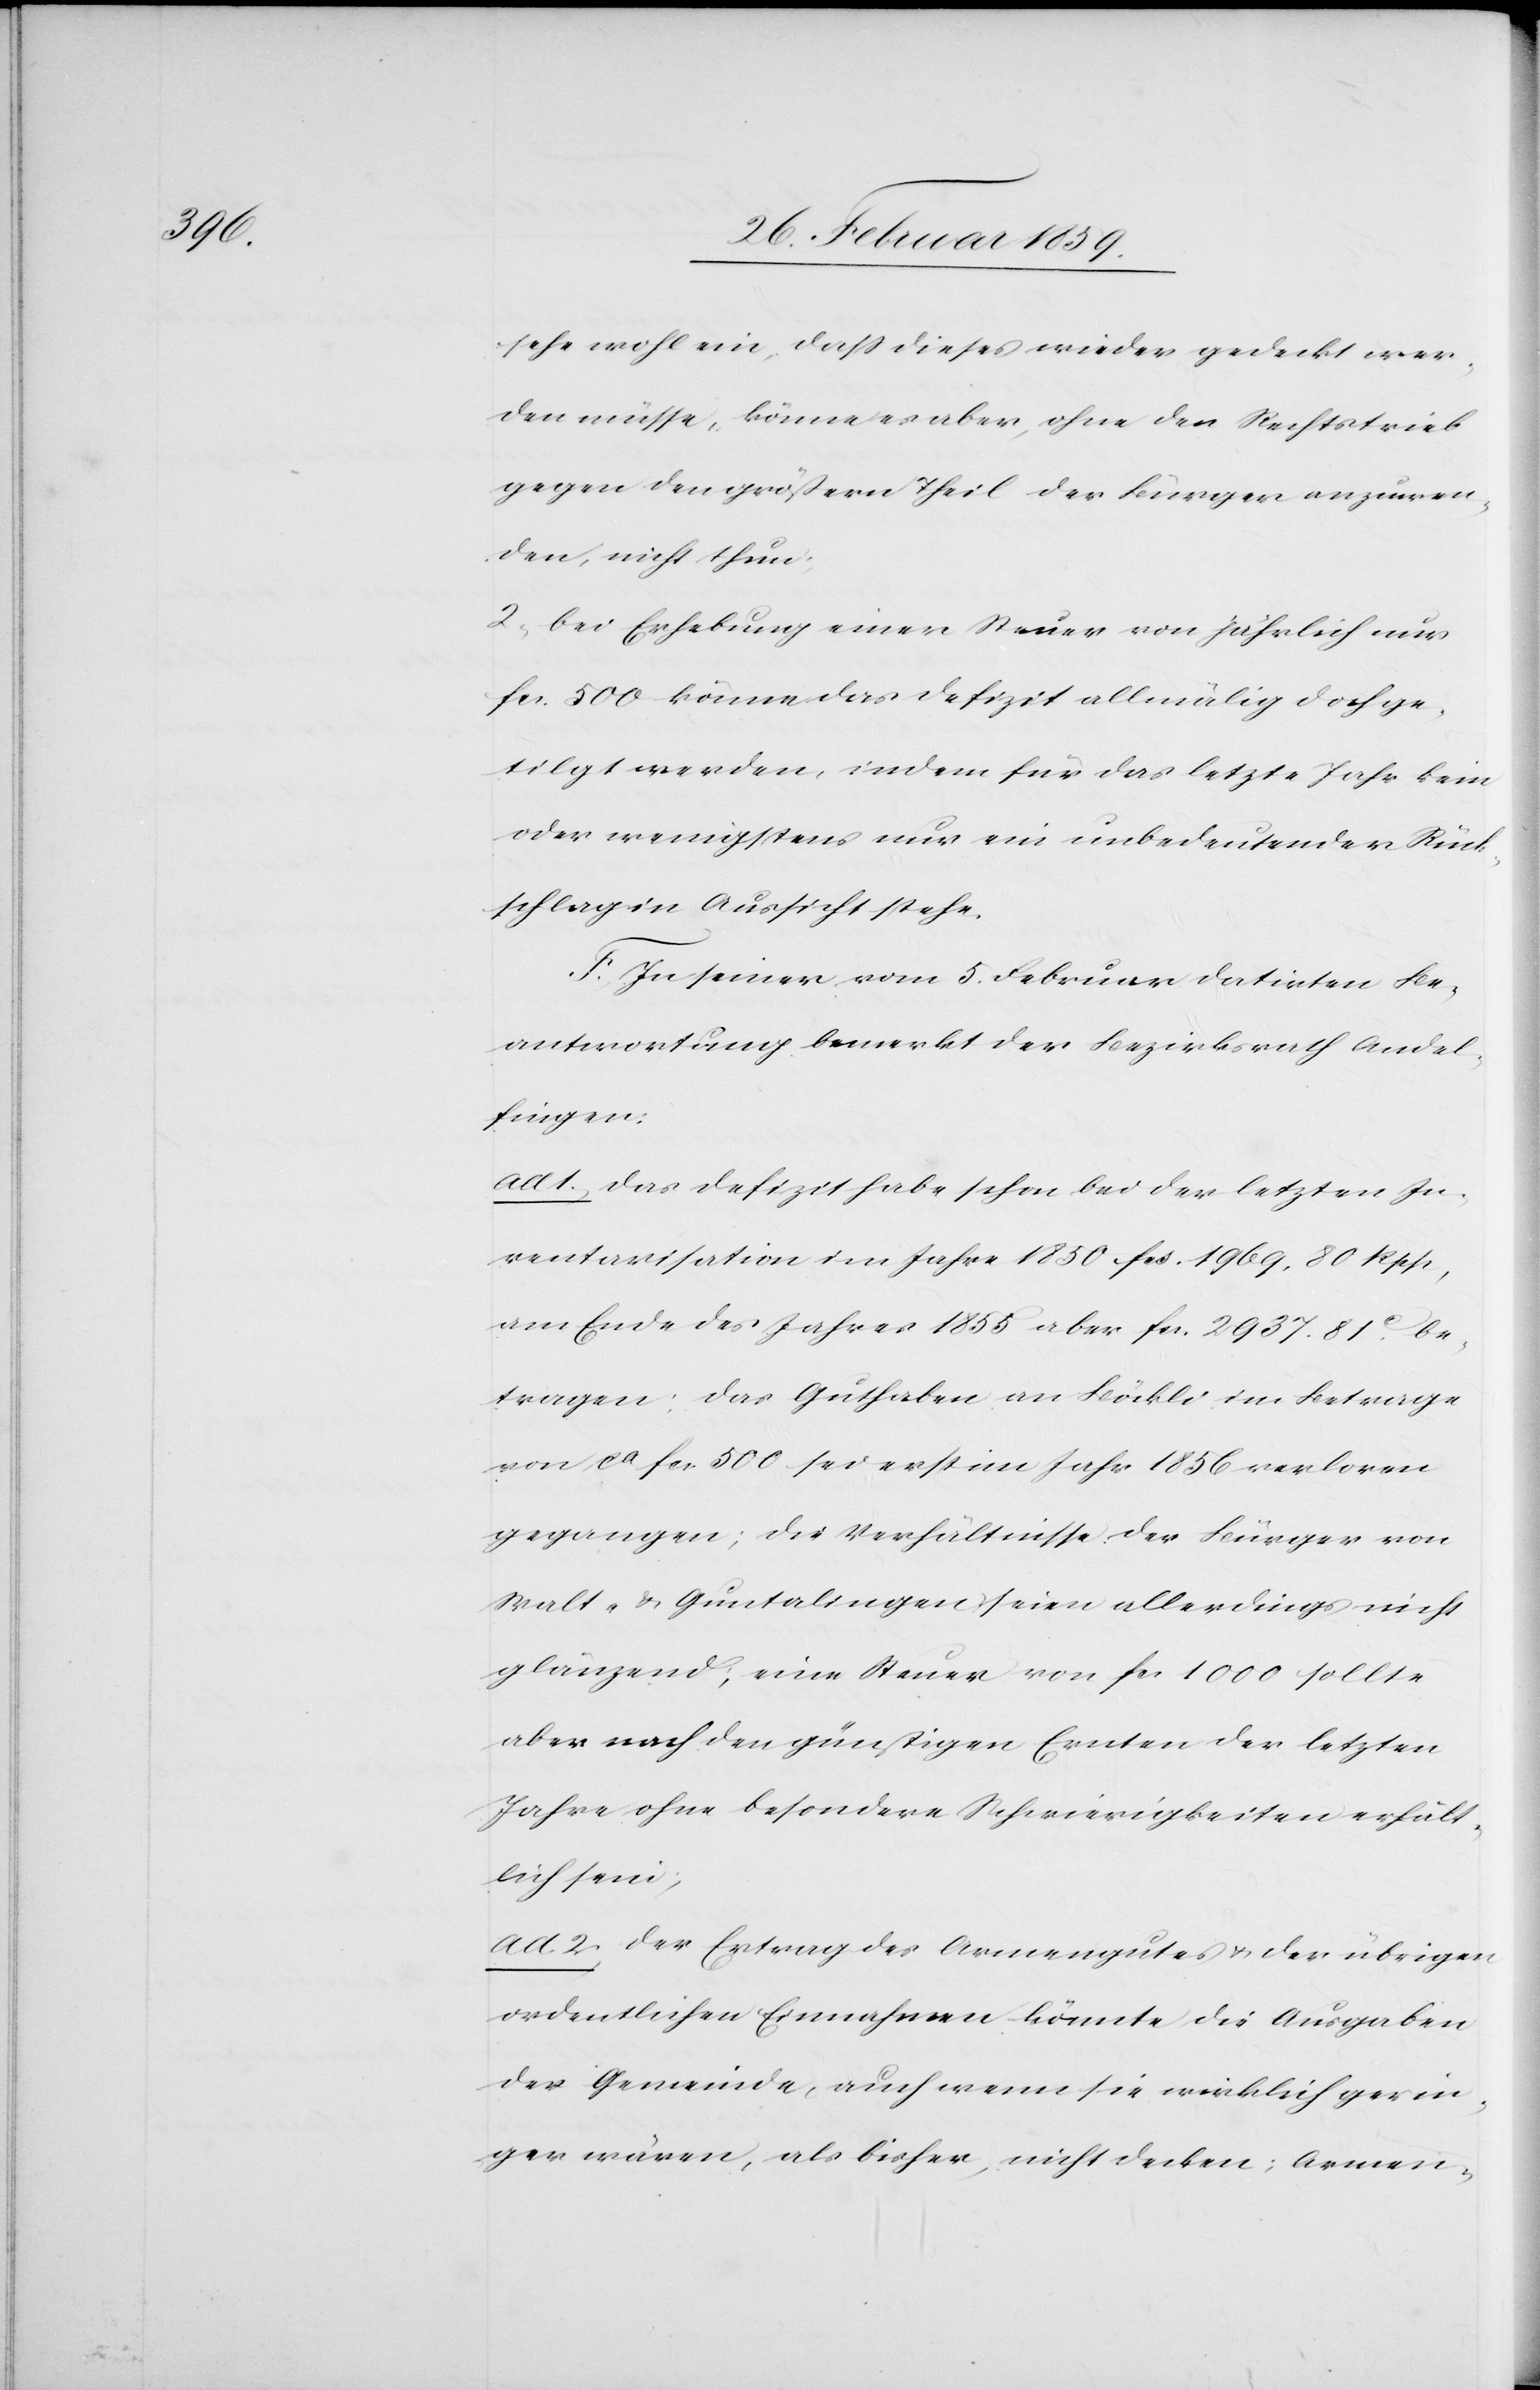
sehe wohl ein, daß dieses wieder gedeckt wer¬
den müsse, könne es aber, ohne den Rechtstrieb
gegen den größern Theil der Bürger anzuwen¬
den, nicht thun;
2) bei Erhebung einer Steuer von jährlich nur
fcs. 500 könne das Defizit allmälig doch ge¬
tilgt werden, indem für das letzte Jahr kein
oder wenigstens nur ein unbedeutender Rück¬
schlag in Aussicht stehe.
F. In seiner vom 5. Februar datirten Be¬
antwortung bemerkt der Bezirksrath Andel¬
fingen:
ad 1) das Defizit habe schon bei der letzten In¬
ventarisation im Jahre 1850 fcs. 1969.80 Rpp,
am Ende des Jahres 1855 aber fcs. 2937.81c. be¬
tragen; das Guthaben an Böckli im Betrage
von ca fcs. 500 sei erst im Jahr 1856 verloren
gegangen; die Verhältnisse der Bürger von
Walt- & Guntalingen seien allerdings nicht
glänzend; eine Steuer von fcs 1000 sollte
aber nach den günstigen Ernten der letzten
Jahre ohne besondere Schwierigkeiten erhält¬
lich sein;
ad. 2) der Ertrag des Armengutes u. der übrigen
ordentlichen Einnahmen könnte die Ausgaben
der Gemeinde, auch wenn sie wirklich gerin¬
ger wären, als bisher, nicht decken; Armen-